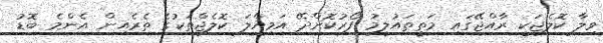
ވިލާ ކޮލެޖަކީ ރާއްޖޭގައި މަތީތައުލީމު ފޯރުކޮށްދޭ އަމިއްލަ ކޮލެޖްތަކުގެ ތެރެއިން އެންމެ ބޮޑު